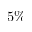
5 \%